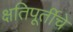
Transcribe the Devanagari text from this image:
क्षतिपूर्तीचे